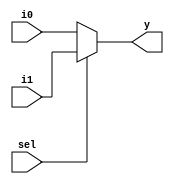
module mux_2_1(
  input sel,
  input i0, i1,
  output y);
  
  assign y = sel ? i1 : i0;
endmodule
// testbench
module mux_tb;
  reg i0, i1, sel;
  wire y;
  
  mux_2_1 mux(sel, i0, i1, y);
  initial begin
    $monitor("sel = %h: i0 = %h, i1 = %h --> y = %h", sel, i0, i1, y);
    i0 = 0; i1 = 1;
    sel = 0;
    #1;
    sel = 1;
  end
endmodule